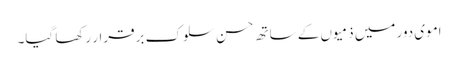
اموی دور میں ذمیوں کے ساتھ حسن سلوک برقرار رکھا گیا۔